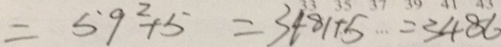
= 5 9 ^ { 2 } + 5 = 3 4 8 1 + 5 = 3 4 8 6